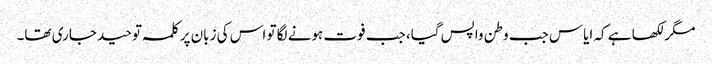
مگر لکھا ہے کہ ایاس جب وطن واپس گیا، جب فوت ہونے لگا تو اس کی زبان پر کلمہ توحید جاری تھا۔